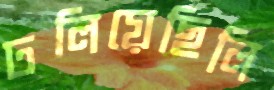
ঢলিয়েছিলি